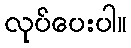
လုပ်ပေးပါ။